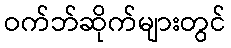
ဝက်ဘ်ဆိုက်များတွင်